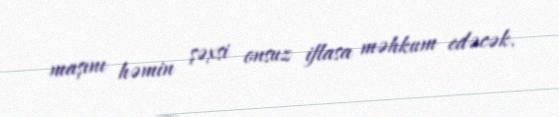
maşını həmin şəxsi onsuz iflasa məhkum edəcək.